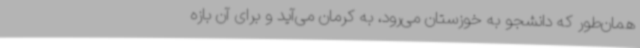
همان‌طور که دانشجو به خوزستان می‌رود، به کرمان می‌آید و برای آن بازه